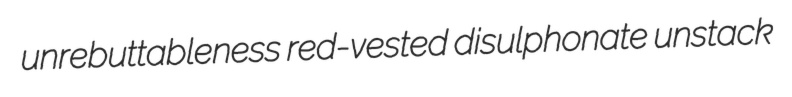
unrebuttableness red-vested disulphonate unstack